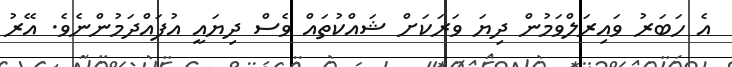
އެ ހަބަރު ވައިރަލްވަމުން ދިޔަ ވަރަކަށް ޝައްކުތައް ވެސް ދިޔައީ އުފައްދަމުންނެވެ. އޭރު